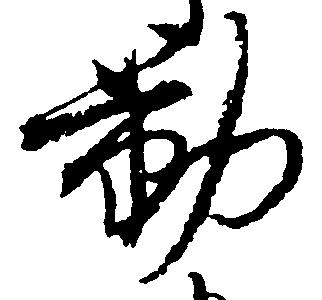
勤